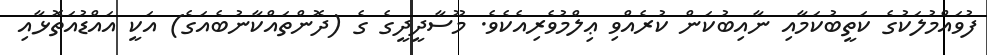
ފުވައްމުލަކުގެ ކަތީބުކަމާއި ނާއިބުކަން ކުރެއްވި ޢިލްމުވެރިއެކެވެ. މޫސާދީދީގެ ގެ (ދޮންތައްކާނުބެއަގެ) އަކީ އައްޑުއަތޮޅާއި